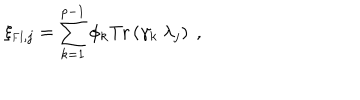
\xi _ { \mathrm { { \small F I } } , j } = \sum _ { k = 1 } ^ { p - 1 } \phi _ { k } \mathrm { T r } \left( \gamma _ { k } ~ \lambda _ { j } \right) ~ ,